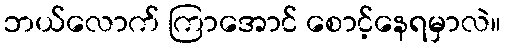
ဘယ်လောက် ကြာအောင် စောင့်နေရမှာလဲ။